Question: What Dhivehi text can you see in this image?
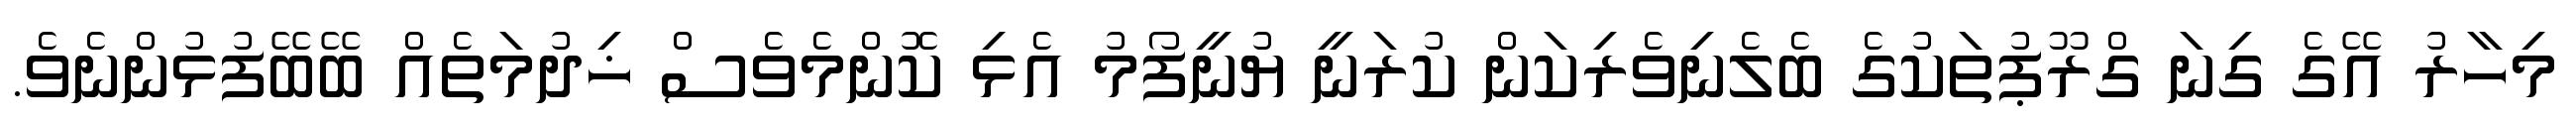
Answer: މިހާރު އޭގެ ގިނަ ގްރޫޕުތަކުގެ ބެލެނިވެރިކަން ކުރަނީ ޔުނީފޯމު އެޅި ކޮންމެވެސް ޚިދުމަތެއް ބޭބޭފުޅުންނެވެ.